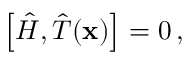
\left[ { \hat { H } } , { \hat { T } } ( \mathbf { x } ) \right] = 0 \, ,